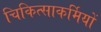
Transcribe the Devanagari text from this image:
चिकित्साकर्मियों